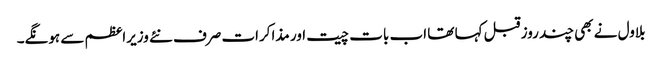
بلاول نے بھی چند روز قبل کہا تھا اب بات چیت اور مذاکرات صرف نئے وزیراعظم سے ہونگے۔